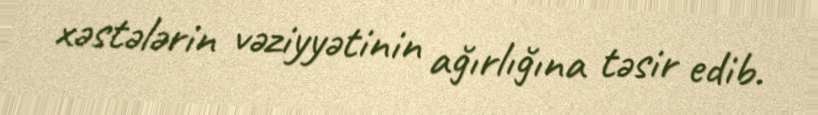
xəstələrin vəziyyətinin ağırlığına təsir edib.